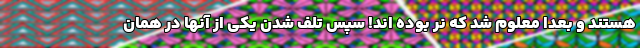
هستند و بعدا معلوم شد که نر بوده اند! سپس تلف شدن یکی از آنها در همان